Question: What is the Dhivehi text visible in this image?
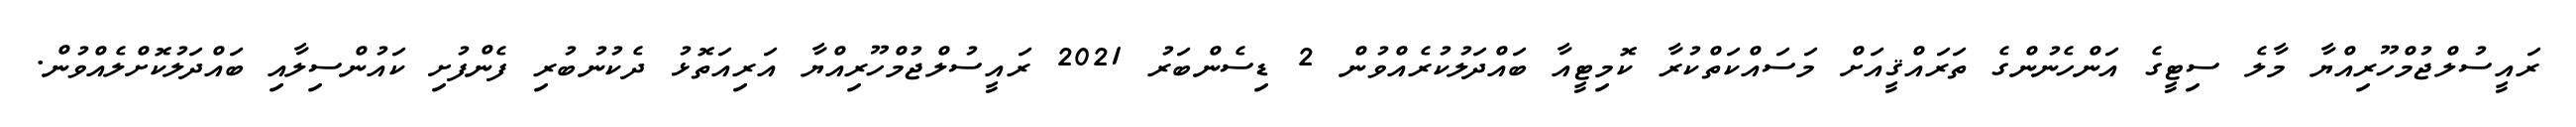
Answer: ރައީސުލްޖުމްހޫރިއްޔާ މާލެ ސިޓީގެ އަންހެނުންގެ ތަރައްޤީއަށް މަސައްކަތްކުރާ ކޮމިޓީއާ ބައްދަލުކުރެއްވުން 2 ޑިސެންބަރު 2021 ރައީސުލްޖުމްހޫރިއްޔާ އަރިއަތޮޅު ދެކުނުބުރި ފެންފުށި ކައުންސިލާއި ބައްދަލުކޮށްލެއްވުން.